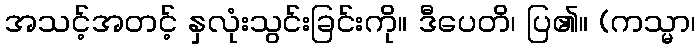
အသင့်အတင့် နှလုံးသွင်းခြင်းကို။ ဒီပေတိ၊ ပြ၏။ (ကသ္မာ၊